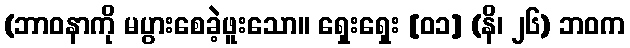
(ဘာဝနာကို မပွားစေခဲ့ဖူးသော။ ရှေးရှေး [၀၁] (နိ၊ ၂၆) ဘဝက